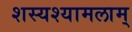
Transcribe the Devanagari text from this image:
शस्यश्यामलाम्